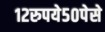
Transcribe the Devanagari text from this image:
१२रुपये५०पेसे